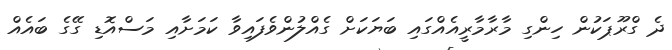
ދެ ގްރޫޕަކުން ހިންގި މާރާމާރީއެއްގައި ބަޔަކަށް ގެއްލުންވެފައިވާ ކަމަށާއި މަސްއޮޑި ގޭގެ ބައެއް